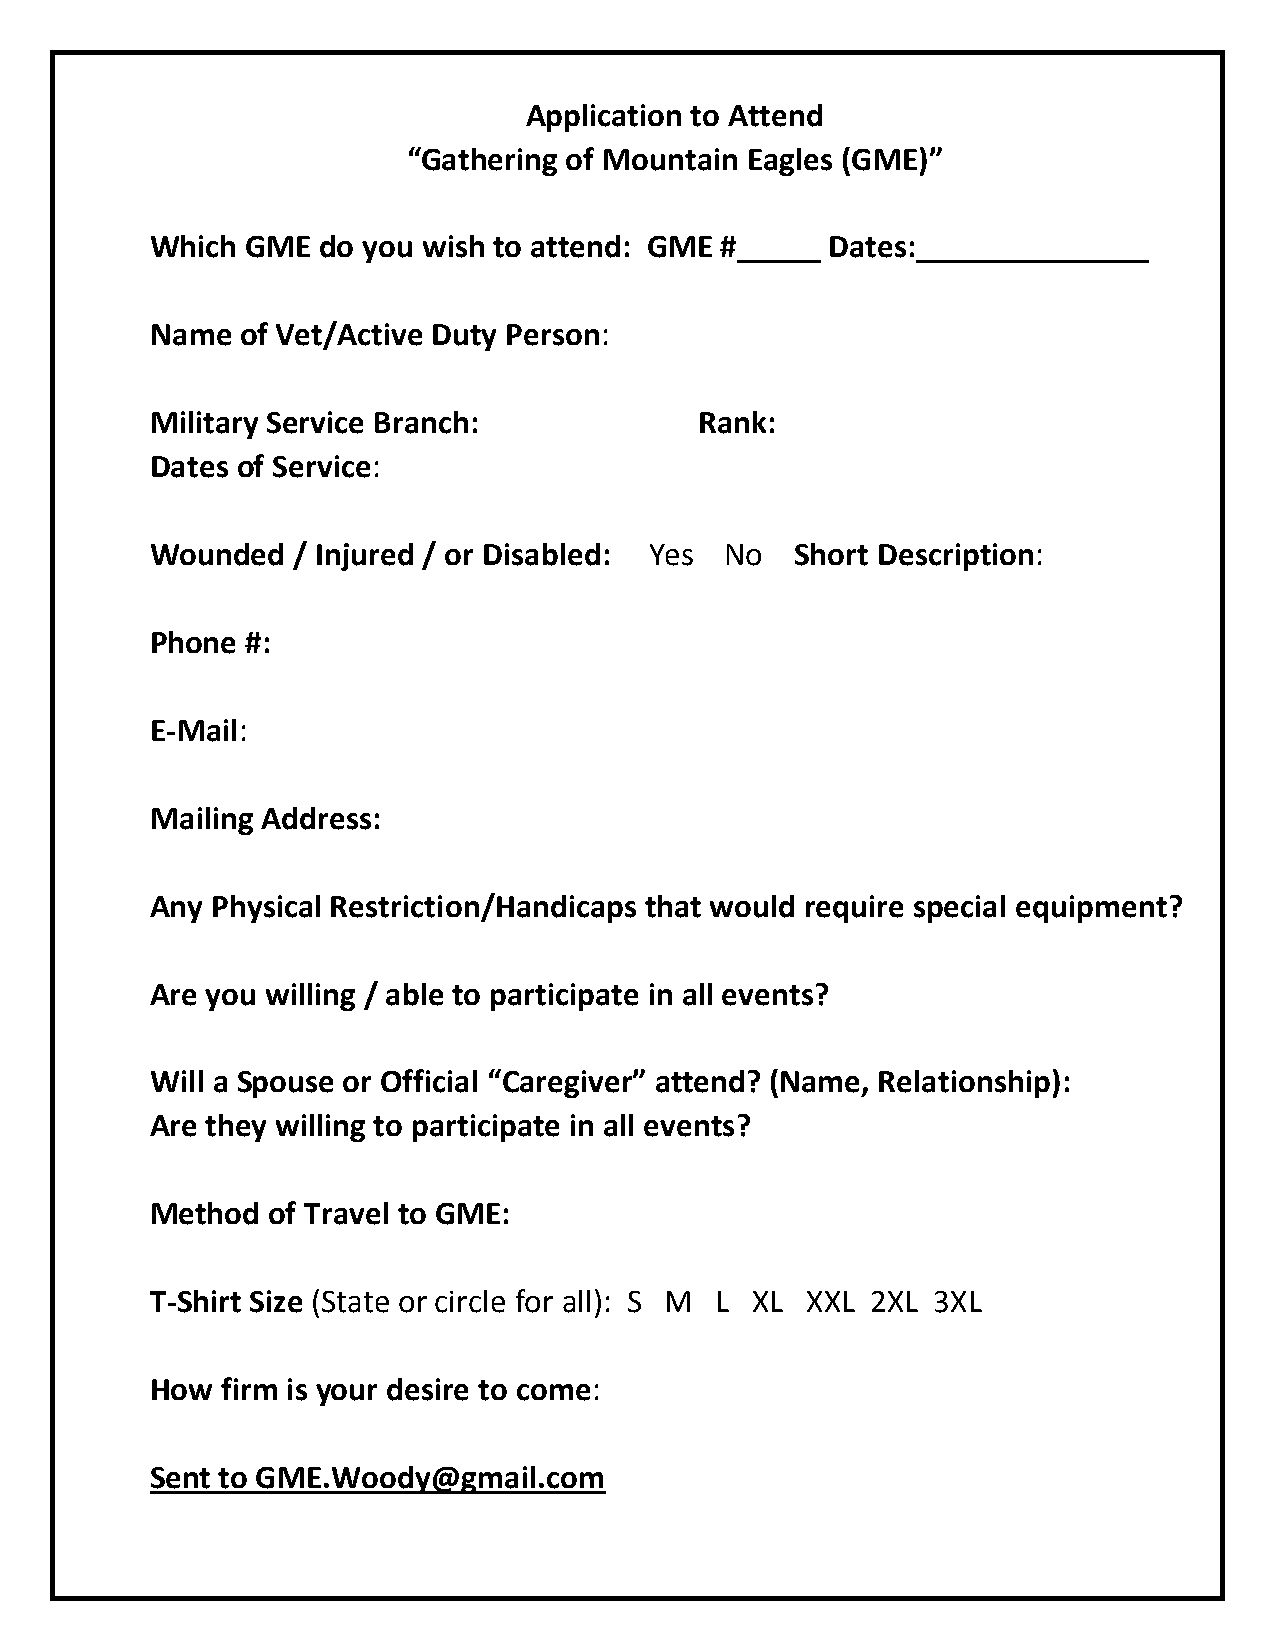
Application to Attend
 “Gathering of Mountain Eagles (GME)”
 Which GME  do you wish to attend: GME #_____ Dates:______________
 Name  of Vet/Active Duty Person:
 Military Service Branch:            Rank:
 Dates of Service:
 Wounded  / Injured / or Disabled: Yes No   Short Description:
 Phone #:
 E-Mail:
 Mailing Address:
 Any Physical Restriction/Handicaps that would require special equipment?
 Are you willing / able to participate in all events?
 Will a Spouse or Official “Caregiver” attend? (Name, Relationship):
 Are they willing to participate in all events?
 Method  of Travel to GME:
 T-Shirt Size (State or circle for all): S M L XL XXL 2XL 3XL
 How  firm is your desire to come:
 Sent to GME.Woody@gmail.com